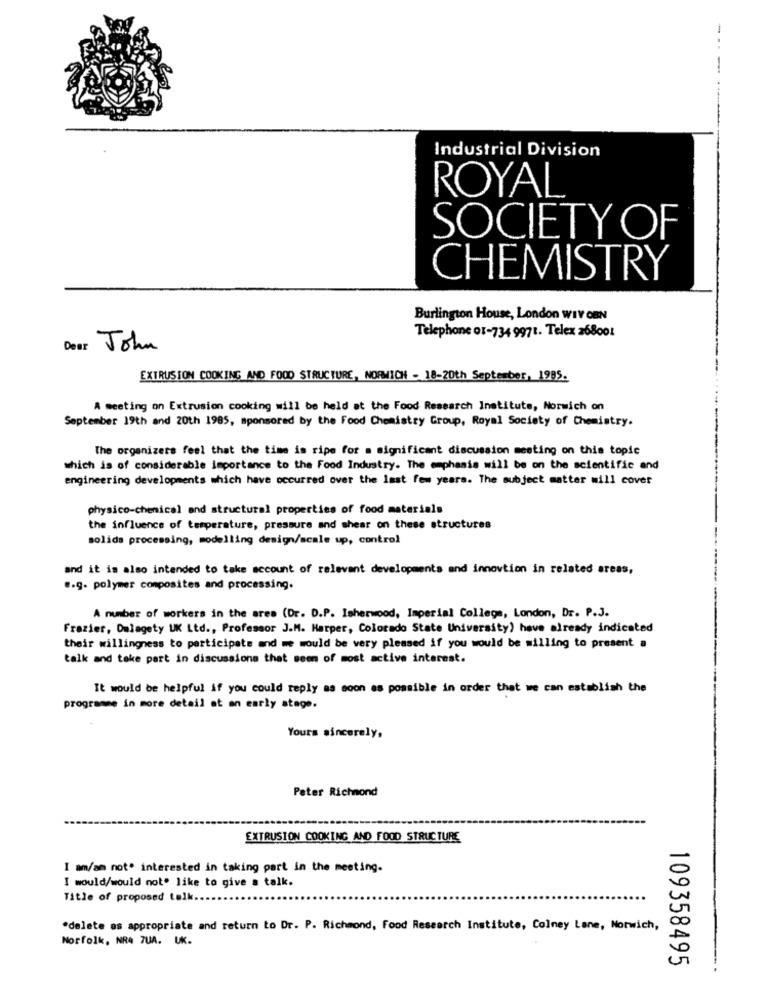
Industrial Division
ROYAL
SOCIETY OF
CHEMISTRY
Burlington House, London WIV CBN
Telephone 01-734 9971. Telex 268001
Dear John
EXTRUSION COOKING AND FOOD STRUCTURE, NORWICH - 18-20th September, 1985.
A meeting on Extrusion cooking will be held at the Food Research Institute, Norwich on
September 19th and 20th 1985, sponsored by the Food Chemistry Group, Royal Society of Chemistry.
The organizers feel that the time is ripe for a significant discussion meeting on this topic
which is of considerable importance to the Food Industry. The emphasis will be on the scientific and
engineering developments which have occurred over the last few years. The subject matter will cover
physico-chemical and structural properties of food materials
the influence of temperature, pressure and shear on these structures
solids processing, modelling design/scale up, control
and it is also intended to take account of relevant developments and innovtion in related areas,
.. g. polymer composites and processing.
A number of workers in the area (Dr. D.P. Isherwood, Imperial College, London, Dr. P.J.
Frazier, Dalagety UK Ltd ., Professor J.M. Harper, Colorado State University) have already indicated
their willingness to participate and we would be very pleased if you would be willing to present a
talk and take part in discussions that seen of most active interest.
It would be helpful if you could reply as soon as possible in order that we can establish the
programme in more detail at an early stage.
Yours sincerely,
Peter Richnond
EXTRUSION COOKING AND FOOD STRUCTURE
I am/am not. interested in taking part in the meeting.
[ would/would not' like to give a talk.
Title of proposed talk ..
"delete as appropriate and return to Dr. P. Richmond, Food Research Institute, Colney Lane, Norwich,
Norfolk, NR4 7UA. UK.
109358495